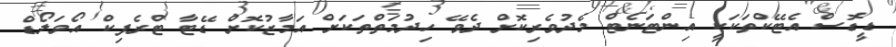
ޑީޑޮސް އެޓޭކްތަކަކީ އިންޓަނެޓް މެދުވެރިކޮށް ދެވޭ ހިދުމަތްތަކަށް އަމާޒުކޮށް ޑޭޓާ ޓްރެފިކް އޯވަލޯޑް